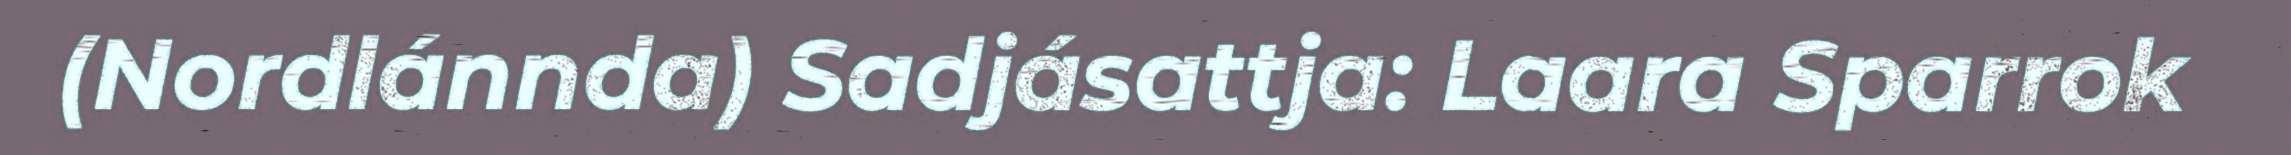
(Nordlánnda) Sadjásattja: Laara Sparrok